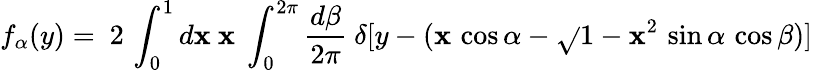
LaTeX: f_{\alpha}(y)=~2\, \int_{0}^{1}d\mathbf{x}~\mathbf{x}~\int_{0}^{2\pi}{\frac{{d\beta}}{{2\pi}}}~\delta[y-(\mathbf{x}\, \cos\alpha-\sqrt{}{{1-\mathbf{x}^{2}}}\, \sin\alpha\, \cos\beta)]